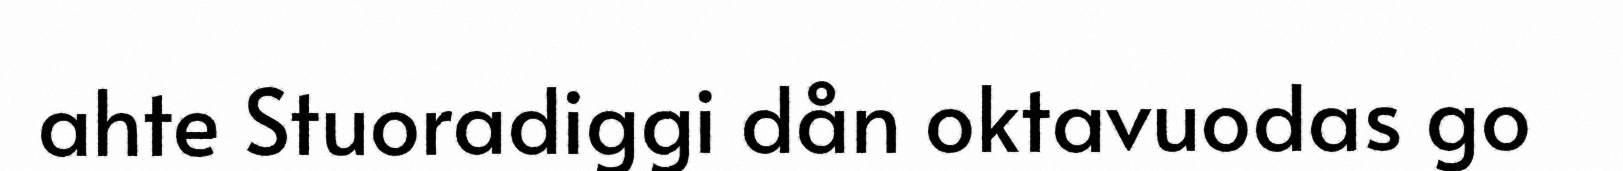
ahte Stuoradiggi dån oktavuodas go